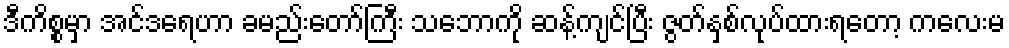
ဒီကိစ္စမှာ အင်ဒရေဟာ ခမည်းတော်ကြီး သဘောကို ဆန့်ကျင်ပြီး ဇွတ်နှစ်လုပ်ထားရတော့ ကလေးမ